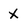
Character: x